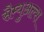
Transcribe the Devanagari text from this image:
सैम्युअल्स